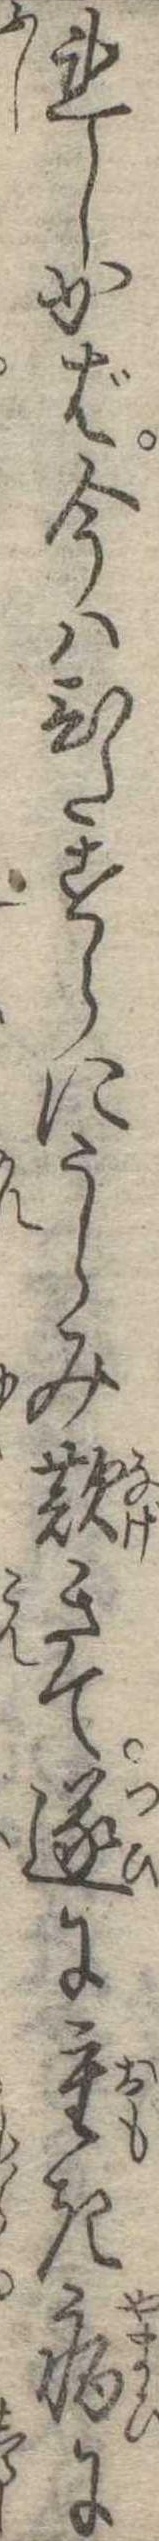
れしかば今はひたすらにうらみ歎きて遂に重き病に